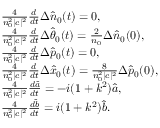
\begin{array} { r l } & { \frac { 4 } { n _ { 0 } ^ { 2 } | c | ^ { 2 } } \frac { d } { d t } \Delta \hat { n } _ { 0 } ( t ) = 0 , } \\ & { \frac { 4 } { n _ { 0 } ^ { 2 } | c | ^ { 2 } } \frac { d } { d t } \Delta \hat { \theta } _ { 0 } ( t ) = \frac { 2 } { n _ { 0 } } \Delta \hat { n } _ { 0 } ( 0 ) , } \\ & { \frac { 4 } { n _ { 0 } ^ { 2 } | c | ^ { 2 } } \frac { d } { d t } \Delta \hat { p } _ { 0 } ( t ) = 0 , } \\ & { \frac { 4 } { n _ { 0 } ^ { 2 } | c | ^ { 2 } } \frac { d } { d t } \Delta \hat { x } _ { 0 } ( t ) = \frac { 8 } { n _ { 0 } ^ { 2 } | c | ^ { 2 } } \Delta \hat { p } _ { 0 } ( 0 ) , } \\ & { \frac { 4 } { n _ { 0 } ^ { 2 } | c | ^ { 2 } } \frac { d \hat { a } } { d t } = - i ( 1 + k ^ { 2 } ) \hat { a } , } \\ & { \frac { 4 } { n _ { 0 } ^ { 2 } | c | ^ { 2 } } \frac { d \hat { b } } { d t } = i ( 1 + k ^ { 2 } ) \hat { b } . } \end{array}